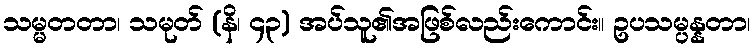
သမ္မတတာ၊ သမုတ် (နိ၊ ၄၃) အပ်သူ၏အဖြစ်လည်းကောင်း။ ဥပသမ္ပန္နတာ၊